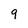
Character: 9